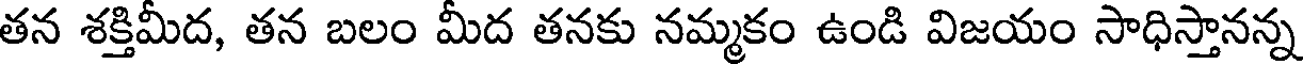
తన శక్తిమీద, తన బలం మీద తనకు నమ్మకం ఉండి విజయం సాధిస్తానన్న